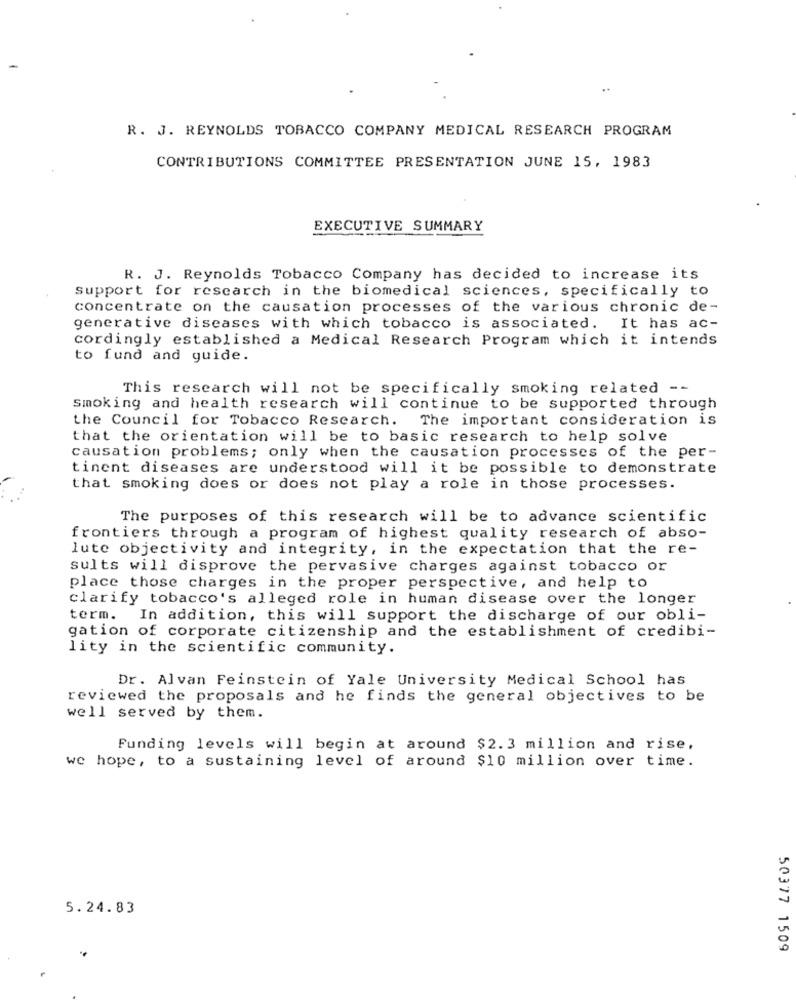
R. J. REYNOLDS TOBACCO COMPANY MEDICAL RESEARCH PROGRAM
CONTRIBUTIONS COMMITTEE PRESENTATION JUNE 15, 1983
EXECUTIVE SUMMARY
R. J. Reynolds Tobacco Company has decided to increase its
support for research in the biomedical sciences, specifically to
concentrate on the causation processes of the various chronic de-
generative diseases with which tobacco is associated. It has ac-
cordingly established a Medical Research Program which it intends
to fund and guide.
This research will not be specifically smoking related --
Smoking and health research will continue to be supported through
the Council for Tobacco Research.
The important consideration is
that the orientation will be to basic research to help solve
causation problems; only when the causation processes of the per-
tinent diseases are understood will it be possible to demonstrate
that smoking does or does not play a role in those processes.
The purposes of this research will be to advance scientific
frontiers through a program of highest quality research of abso-
lute objectivity and integrity, in the expectation that the re-
sults will disprove the pervasive charges against tobacco or
place those charges in the proper perspective, and help to
clarify tobacco's alleged role in human disease over the longer
term. In addition, this will support the discharge of our obli-
gation of corporate citizenship and the establishment of credibi-
lity in the scientific community.
Dr. Alvan Feinstein of Yale University Medical School has
reviewed the proposals and he finds the general objectives to be
well served by them.
Funding levels will begin at around $2.3 million and rise,
we hope, to a sustaining level of around $10 million over time.
5.24.83
50377 1509